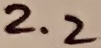
Text: 2.2